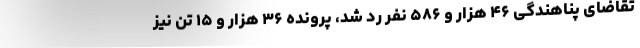
تقاضای پناهندگی ۴۶ هزار و ۵۸۶ نفر رد شد، پرونده ۳۶ هزار و ۱۵ تن نیز